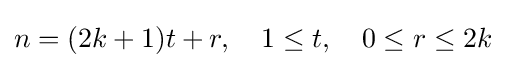
n=(2k+1)t+r,\quad 1\leq t,\quad 0\leq r\leq 2k